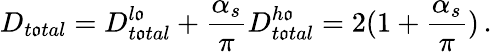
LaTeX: D_{t\mathfrak{o}tal}=D_{t\mathfrak{o}tal}^{l\mathfrak{o}}+{\frac{{\alpha_{s}}}{{\pi}}}D_{t\mathfrak{o}tal}^{h\mathfrak{o}}=2(1+{\frac{{\alpha_{s}}}{{\pi}}})\, .